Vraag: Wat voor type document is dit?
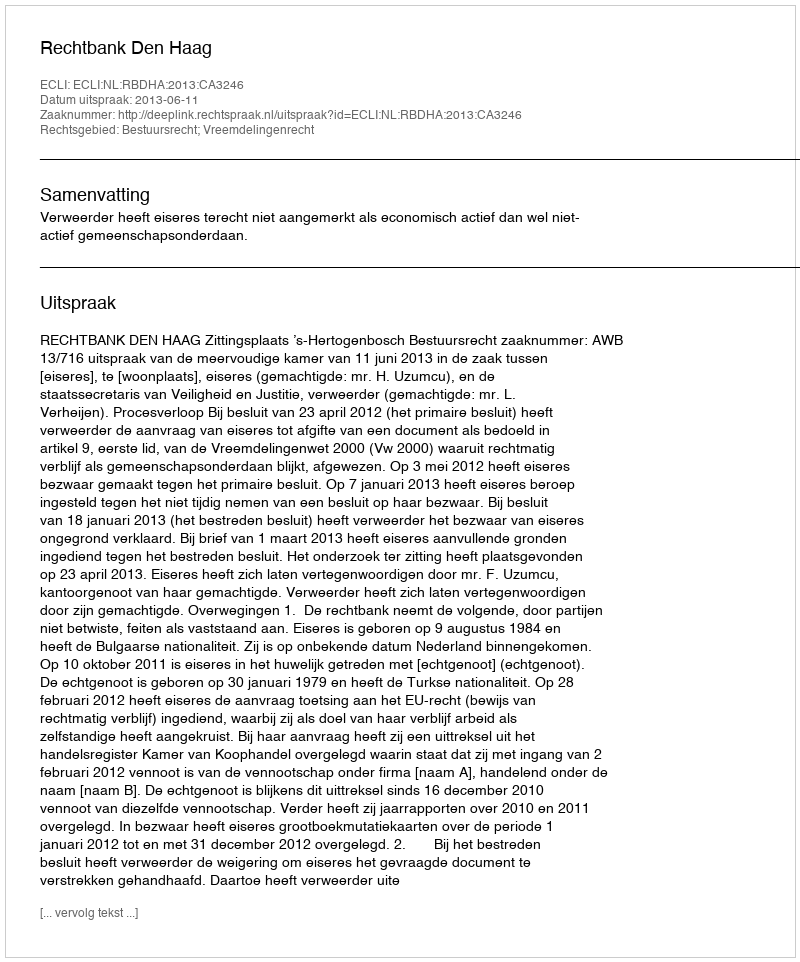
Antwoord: Uitspraak